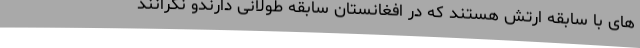
های با سابقه ارتش هستند که در افغانستان سابقه طولانی دارندو نگرانند